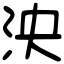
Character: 泱